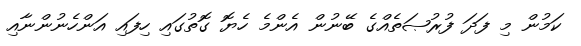
ކަމުން މި ފަދަ ފުރުޞަތެއްގެ ބޭނުން އެންމެ ހެޔޮ ގޮތުގައި ހިފައި އަންހެނުންނާއި